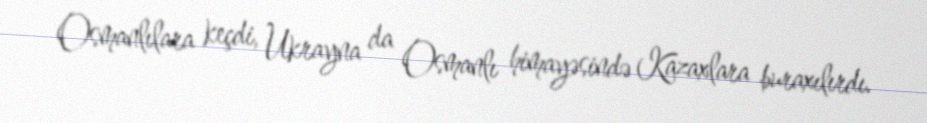
Osmanlılara keçdi, Ukrayna da Osmanlı himayəsində Kazaxlara buraxılırdı.